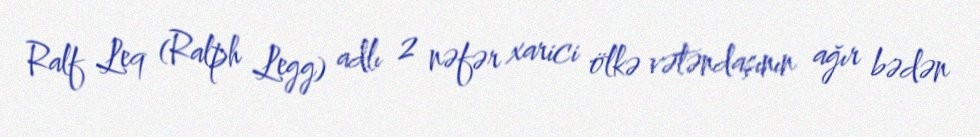
Ralf Leq (Ralph Legg) adlı 2 nəfər xarici ölkə vətəndaşının ağır bədən